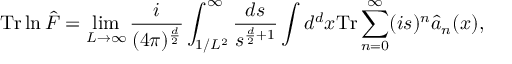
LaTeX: \mathrm { T r } \ln \hat { \cal F } = \operatorname * { l i m } _ { L \rightarrow \infty } \frac { i } { ( 4 \pi ) ^ { \frac { d } { 2 } } } \int _ { 1 / L ^ { 2 } } ^ { \infty } \frac { d s } { s ^ { \frac { d } { 2 } + 1 } } \int d ^ { d } x \mathrm { T r } \sum _ { n = 0 } ^ { \infty } ( i s ) ^ { n } \hat { a } _ { n } ( x ) ,